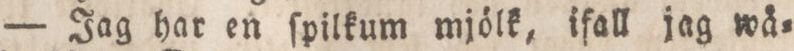
— Jag har en ſpilkum mjölk, ifall jag wå=